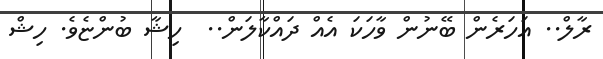
ރާލް.. އަހަރެން ބޭނުން ވާހަކަ އެއް ދައްކާލަން..  ހިޝާ ބުންޏެވެ. ހިޝް